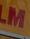
lm